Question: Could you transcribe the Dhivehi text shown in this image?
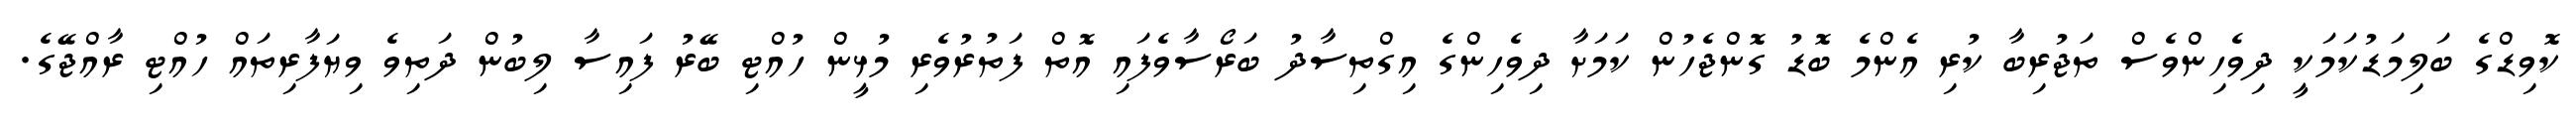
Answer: ކޮވިޑްގެ ބަލިމަޑުކަމަކީ ދިވެހިންވެސް ތަޖުރިބާ ކުރި އެންމެ ބޮޑު ގޮންޖެހުން ކަމަށާ ދިވެހިންގެ އިގްތިސާދު ބަރޯސާވެފައި އޮތް ފަތުރުވެރި މުޅީން ހުއްޓި ބޭރު ފައިސާ ލިބުން ދަތިވެ ވިޔަފާރިތައް ހުއްޓި ރާއްޖޭގެ.